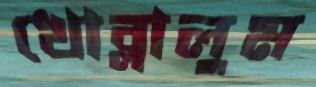
খোব্‌লালুম